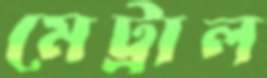
মেট্রাল